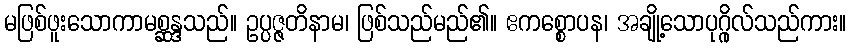
မဖြစ်ဖူးသောကာမစ္ဆန္ဒသည်။ ဥပ္ပဇ္ဇတိနာမ၊ ဖြစ်သည်မည်၏။ ဧကစ္စောပန၊ အချို့သောပုဂ္ဂိုလ်သည်ကား။